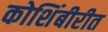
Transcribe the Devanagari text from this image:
कोशिंबीरीत